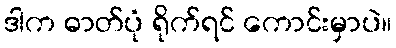
ဒါက ဓာတ်ပုံ ရိုက်ရင် ကောင်းမှာပဲ။